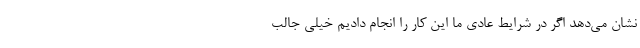
نشان می‌دهد اگر در شرایط عادی ما این کار را انجام دادیم خیلی جالب